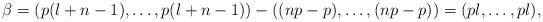
LaTeX: \begin{align*}\beta=(p(l+n-1),\dots, p(l+n-1))- ((np-p),\dots, (np-p)) = (pl,\dots ,pl),\end{align*}